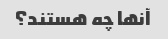
آنها چه هستند؟